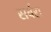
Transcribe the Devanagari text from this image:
सर्वरा